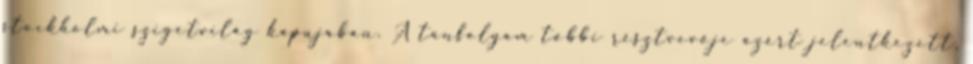
stockholmi szigetvilág kapujában. A tanfolyam többi résztvevője azért jelentkezett,